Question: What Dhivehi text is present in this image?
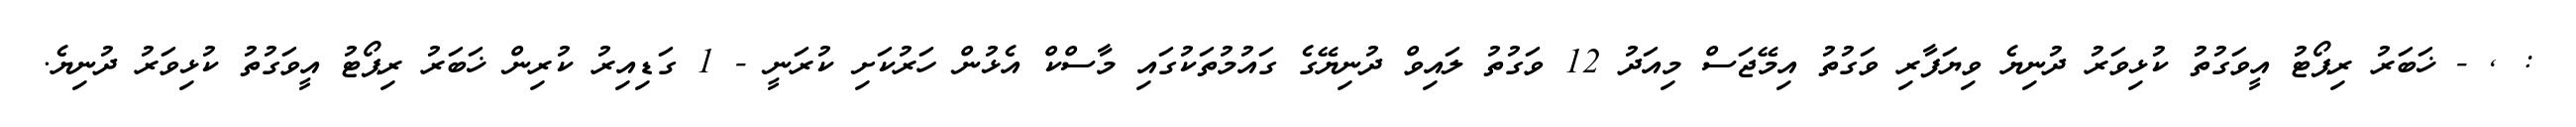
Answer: : , - ޚަބަރު ރިޕޯޓު އީވަގުތު ކުޅިވަރު ދުނިޔެ ވިޔަފާރި ވަގުތު އިމޭޖަސް މިއަދު 12 ވަގުތު ލައިވް ދުނިޔޭގެ ގައުމުތަކުގައި މާސްކް އެޅުން ހަރުކަށި ކުރަނީ - 1 ގަޑިއިރު ކުރިން ޚަބަރު ރިޕޯޓު އީވަގުތު ކުޅިވަރު ދުނިޔެ.